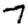
Digit: 7